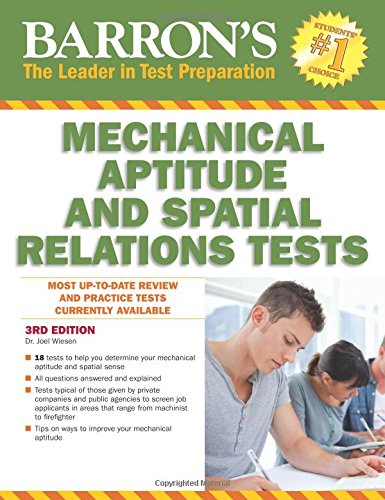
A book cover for Barron's Mechanical Aptitude and Spatial Relations Test, 3rd Edition (Barron's Mechanical Aptitude & Spatial Relations Test); Dr. Joel Wiesen; Test Preparation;